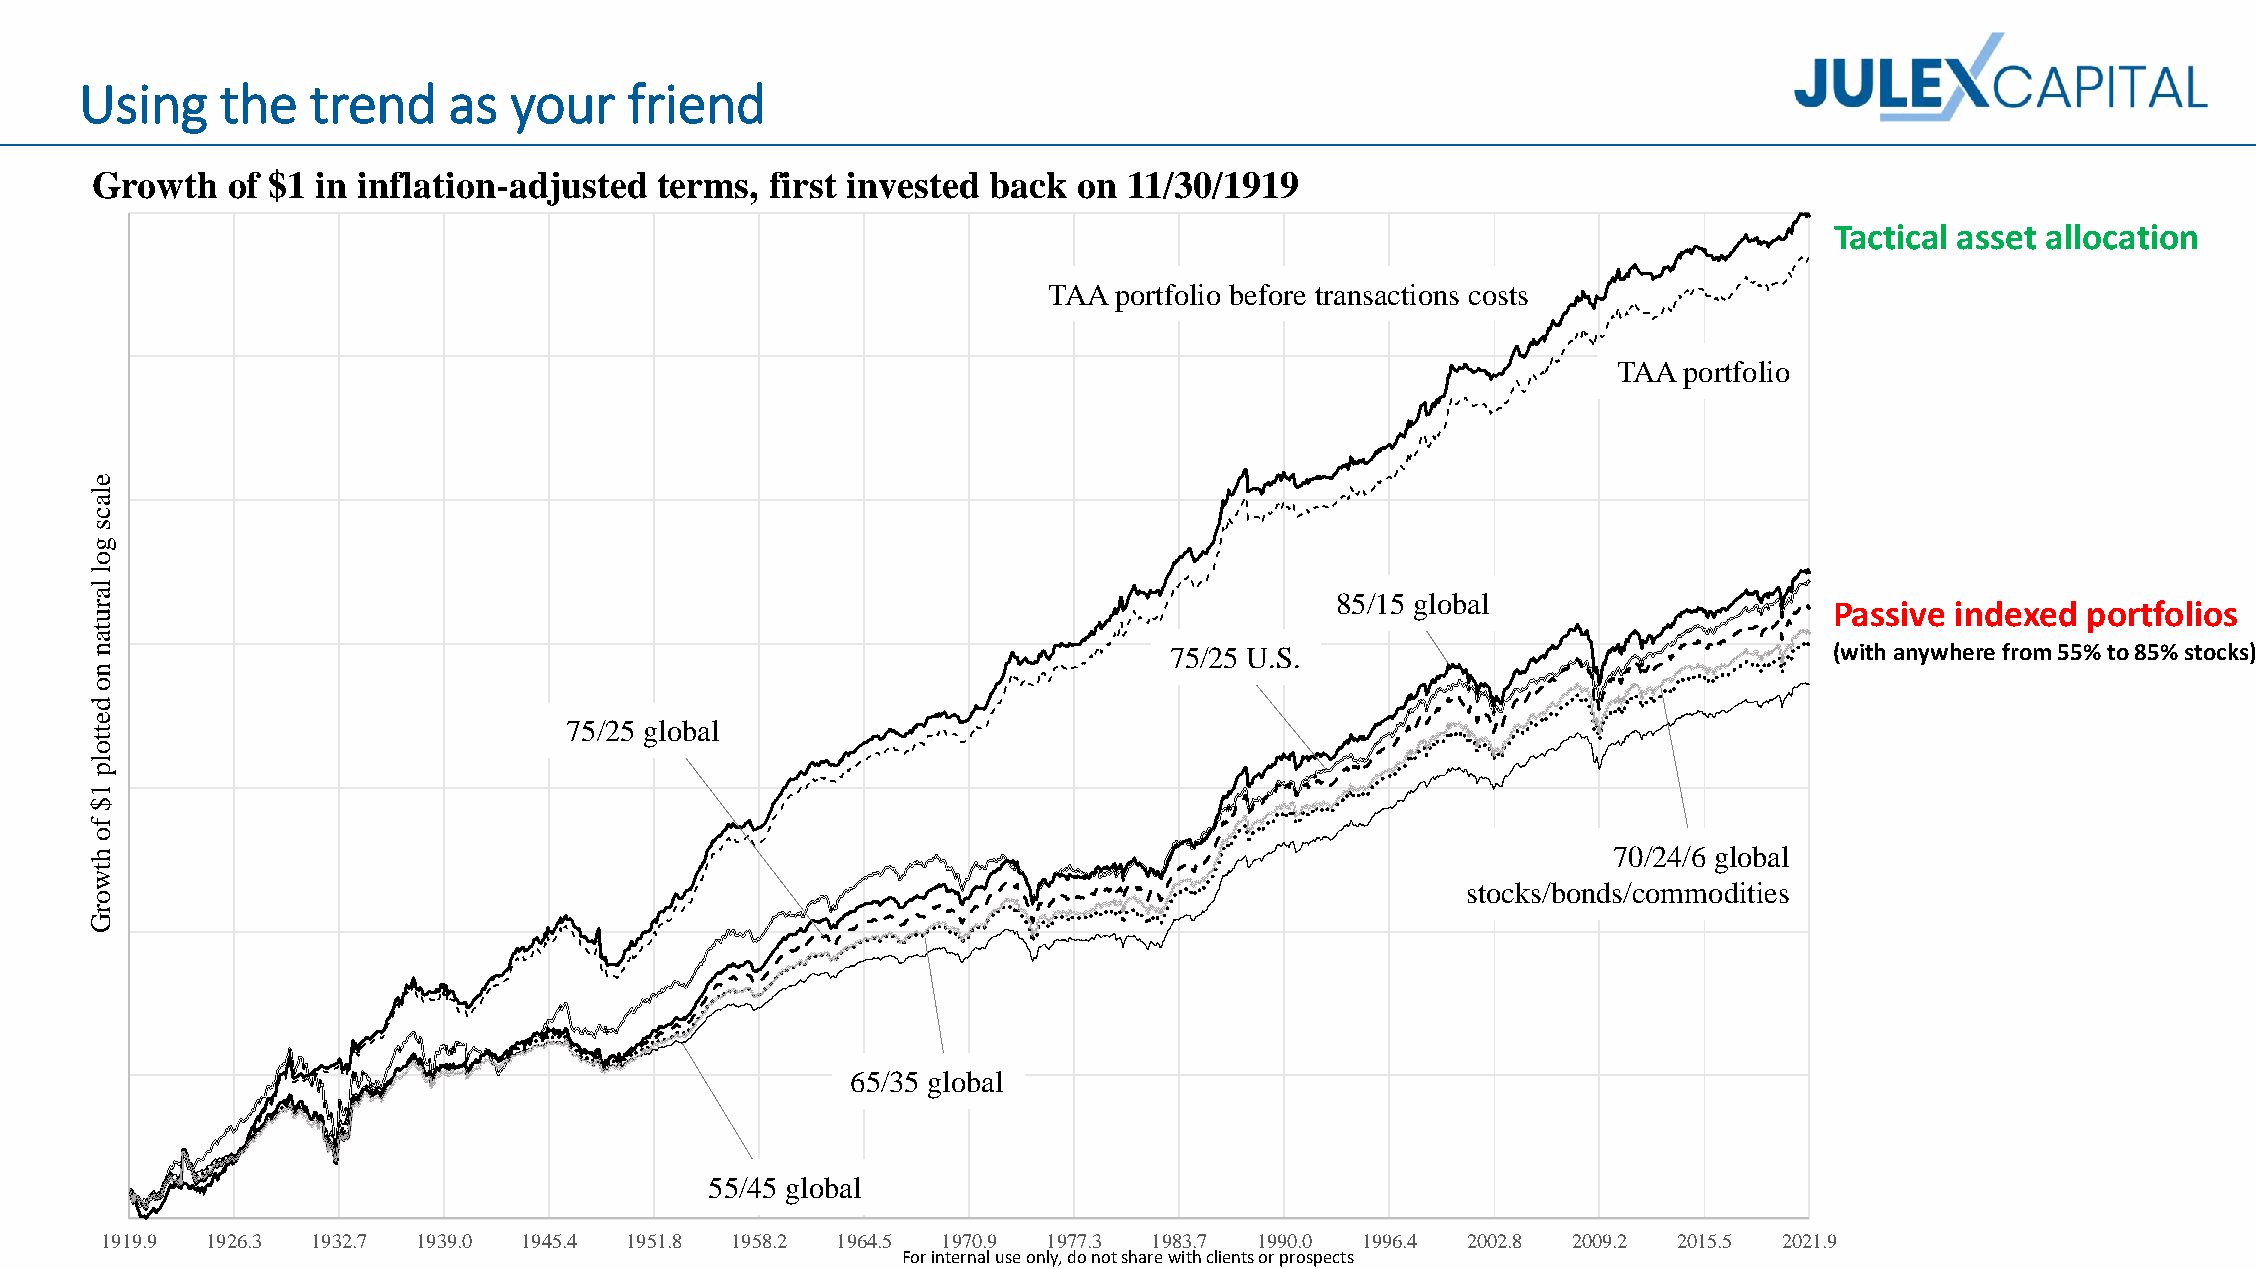
Using     the  trend     as  your    friend
 Tactical asset allocation
 Passive indexed  portfolios
 (with anywhere from 55% to 85% stocks)
 For internal use only, do not share with clients or prospects
 G
 elacs
 gol
 larutan
 no
 dettolp
 1$
 fo
 htworG
 1 9
 r
 1
 o
 9 .9
 w t h
 1 9
 o
 2 6
 f
 .3
 $ 1 i n
 1 9 3 2
 i
 .7
 n f l a
 1
 t
 9 3
 i
 9
 o
 .0
 n - a
 1
 d
 9 4
 j
 5
 u
 7
 .4
 s
 5
 t
 /
 e
 2
 d
 5
 1 9
 g
 5
 t
 l
 1
 e
 o
 .8
 r
 b a
 m
 l
 5 5
 s ,
 / 4
 1 9 5
 5
 8
 f i
 g
 .2
 r
 l
 s
 o
 t
 b a
 1
 i n
 6
 l
 9 6
 5
 4
 v
 /
 .5
 3
 e
 5
 s t
 g
 e
 l
 1
 o
 9
 d
 b
 7 0
 b
 a l
 .9
 a c k
 T
 1 9
 A
 7
 o
 7
 n
 A
 .3
 p
 1
 o
 1
 r t
 1
 / 3
 f o
 7
 9 8
 0 /
 l i o
 5 / 2
 3 .7
 1
 b
 5
 9
 e
 U
 1
 f o
 .
 1 9
 9
 r e
 S .
 9 0 .0
 t r a
 8
 n
 5
 s a
 / 1
 1 9
 c
 5
 9 6
 t i o
 g
 .4
 n
 l o
 s
 b
 c
 a
 s
 2
 o
 l
 t o
 0 0
 s t s
 c k
 2 .8
 s / b o
 2
 n
 0
 d
 0 9
 T A
 7 0s
 / c
 .2
 /o
 A
 2
 m
 4
 p o
 / 6m
 2 0 1
 r t f o l
 g l o bo
 d i t i
 5 .5
 i
 ae
 o
 ls
 2 0 2 1 .9